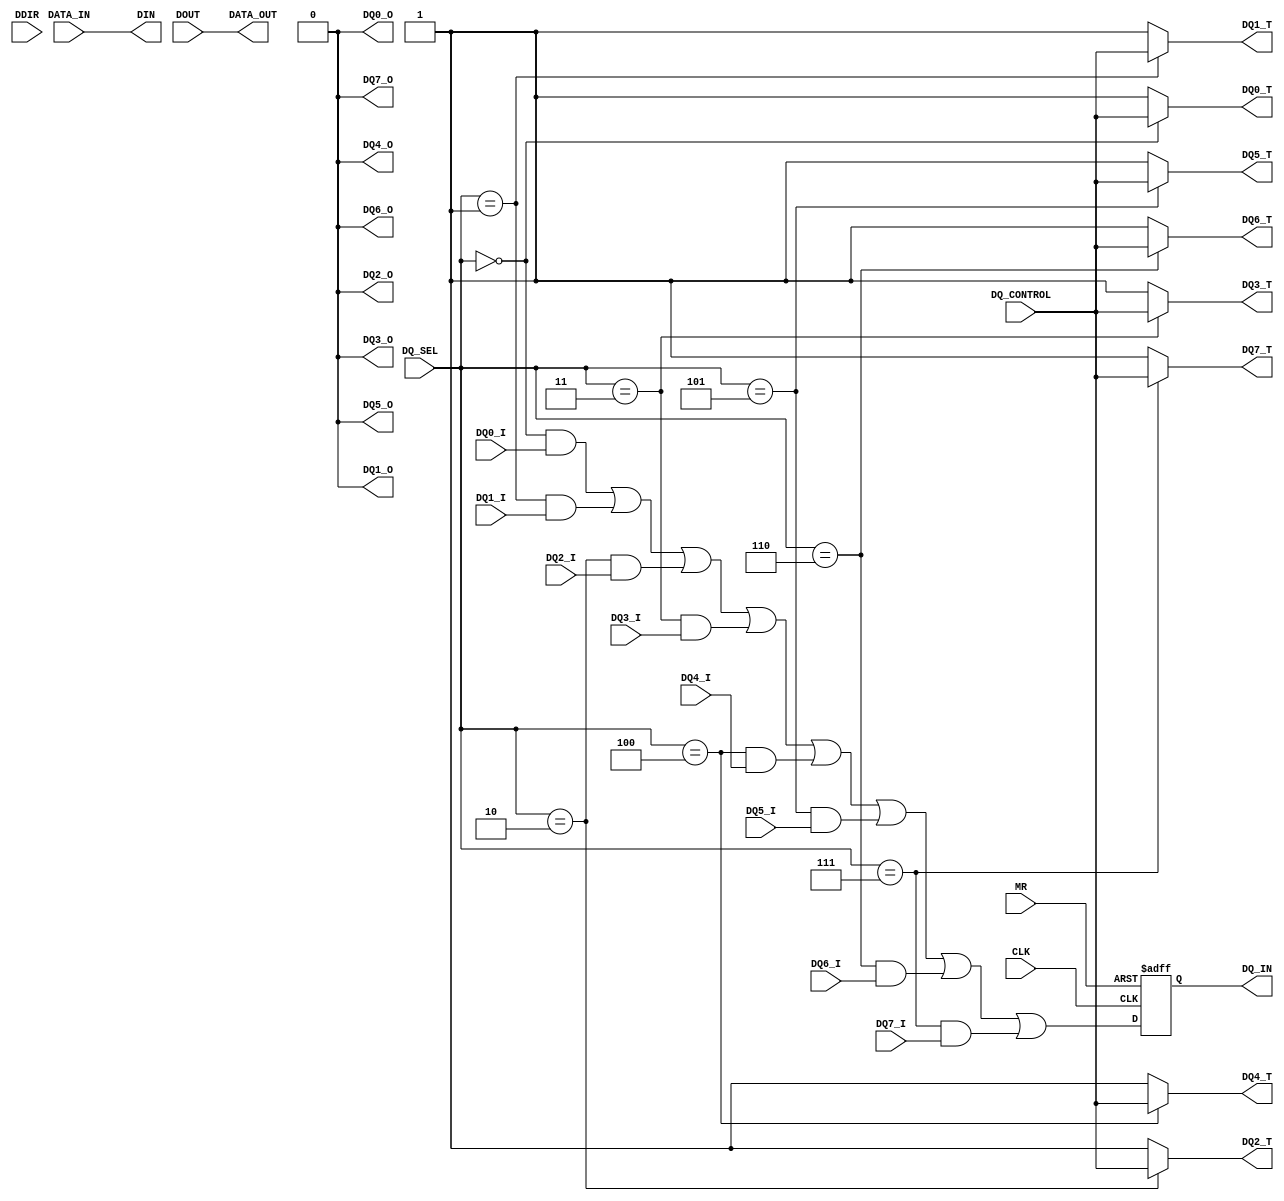
module one_wire_io (
  CLK, DDIR, DOUT, DQ_CONTROL, MR, DIN, DQ_IN, DATA_IN, DATA_OUT, 
  DQ0_T, DQ1_T, DQ2_T, DQ3_T, DQ4_T, DQ5_T, DQ6_T, DQ7_T, 
  DQ0_O, DQ1_O, DQ2_O, DQ3_O, DQ4_O, DQ5_O, DQ6_O, DQ7_O, 
  DQ0_I, DQ1_I, DQ2_I, DQ3_I, DQ4_I, DQ5_I, DQ6_I, DQ7_I, DQ_SEL);
  input        CLK;
  input        DDIR;
  input [7:0]  DOUT;
  input        DQ_CONTROL;
  input        MR;
  output [7:0] DIN;
  output       DQ_IN;
  input [7:0]  DATA_IN;
  output [7:0] DATA_OUT;
  output DQ0_T;
  output DQ1_T;
  output DQ2_T;
  output DQ3_T;
  output DQ4_T;
  output DQ5_T;
  output DQ6_T;
  output DQ7_T;
  output DQ0_O;
  output DQ1_O;
  output DQ2_O;
  output DQ3_O;
  output DQ4_O;
  output DQ5_O;
  output DQ6_O;
  output DQ7_O;
  input  DQ0_I;
  input  DQ1_I;
  input  DQ2_I;
  input  DQ3_I;
  input  DQ4_I;
  input  DQ5_I;
  input  DQ6_I;
  input  DQ7_I;
  input  [2:0] DQ_SEL;
  reg         DQ_IN;  
  assign DATA_OUT = DOUT;
  assign DIN      = DATA_IN;
  wire DQ_INTERNAL;
   assign DQ0_T    = (DQ_SEL [2:0] == 0) ? DQ_CONTROL : 1'b1;
   assign DQ1_T    = (DQ_SEL [2:0] == 1) ? DQ_CONTROL : 1'b1;
   assign DQ2_T    = (DQ_SEL [2:0] == 2) ? DQ_CONTROL : 1'b1;
   assign DQ3_T    = (DQ_SEL [2:0] == 3) ? DQ_CONTROL : 1'b1;
   assign DQ4_T    = (DQ_SEL [2:0] == 4) ? DQ_CONTROL : 1'b1;
   assign DQ5_T    = (DQ_SEL [2:0] == 5) ? DQ_CONTROL : 1'b1;
   assign DQ6_T    = (DQ_SEL [2:0] == 6) ? DQ_CONTROL : 1'b1;
   assign DQ7_T    = (DQ_SEL [2:0] == 7) ? DQ_CONTROL : 1'b1;
   assign DQ0_O  = 1'b0;
   assign DQ1_O  = 1'b0;
   assign DQ2_O  = 1'b0;
   assign DQ3_O  = 1'b0;
   assign DQ4_O  = 1'b0;
   assign DQ5_O  = 1'b0;
   assign DQ6_O  = 1'b0;
   assign DQ7_O  = 1'b0;
   assign DQ_INTERNAL = (DQ_SEL [2:0] == 0) & DQ0_I
                      | (DQ_SEL [2:0] == 1) & DQ1_I
                      | (DQ_SEL [2:0] == 2) & DQ2_I
                      | (DQ_SEL [2:0] == 3) & DQ3_I
                      | (DQ_SEL [2:0] == 4) & DQ4_I
                      | (DQ_SEL [2:0] == 5) & DQ5_I
                      | (DQ_SEL [2:0] == 6) & DQ6_I
                      | (DQ_SEL [2:0] == 7) & DQ7_I;
  always @(posedge MR or negedge CLK)
    if (MR)
      DQ_IN <= 1'b1;
    else
      DQ_IN <= DQ_INTERNAL;
endmodule